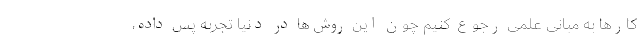
کارها به مبانی علمی رجوع کنیم چون این روش‌ها در دنیا تجربه پس داده،